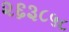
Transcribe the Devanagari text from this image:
२६३८५८